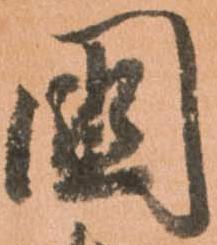
国